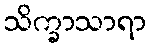
သိက္ခာသာရာ